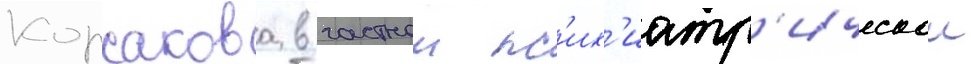
Корсакова в частнои пс'их'иатр'ическои